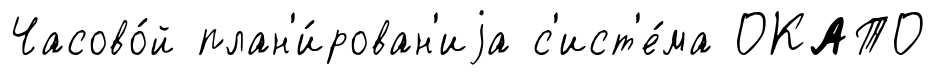
Часово́й план'и́рован'иjа с'ист'е́ма ОКАТО